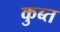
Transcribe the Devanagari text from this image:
कुब्त